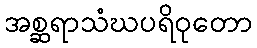
အစ္ဆရာသံဃပရိဝုတော